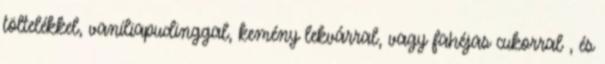
töltelékkel, vaníliapudinggal, kemény lekvárral, vagy fahéjas cukorral , és